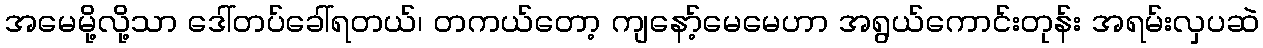
အမေမို့လို့သာ ဒေါ်တပ်ခေါ်ရတယ်၊ တကယ်တော့ ကျနော့်မေမေဟာ အရွယ်ကောင်းတုန်း အရမ်းလှပဆဲ